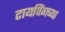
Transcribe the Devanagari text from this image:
टायपिंगच्या